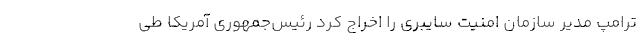
ترامپ مدیر سازمان امنیت سایبری را اخراج کرد رئیس‌‌جمهوری آمریکا طی